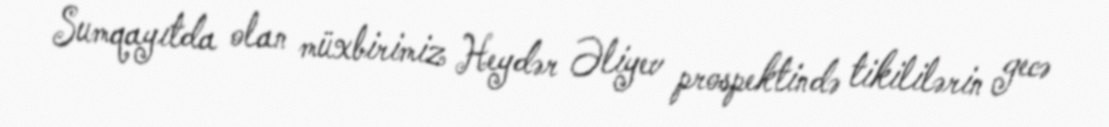
Sumqayıtda olan müxbirimiz Heydər Əliyev prospektində tikililərin gecə